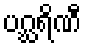
ပဂ္ဃရိဏီ